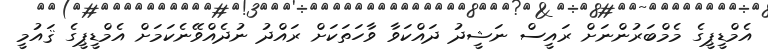
އެމްޑީޕީގެ މެމްބަރުންނަށް ރައީސް ނަޝީދު ދައްކަވާ ވާހަތަކަށް ރައްދު ނުދެއްވޭނެކަމަށް އެމްޑީޕީގެ ޤައުމީ